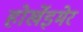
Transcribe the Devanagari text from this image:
होर्खेइमेर